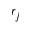
r _ { j }